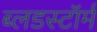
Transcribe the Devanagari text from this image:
ब्लडस्टॉर्म